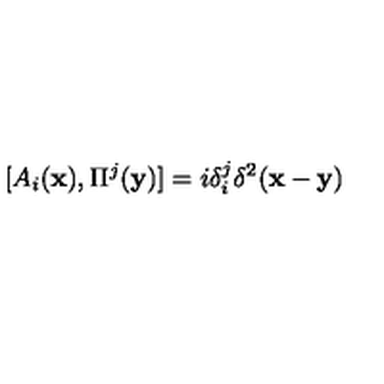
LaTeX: [ A _ { i } ( { \bf x } ) , \Pi ^ { j } ( { \bf y } ) ] = i \delta _ { i } ^ { j } \delta ^ { 2 } ( { \bf x } - { \bf y } )